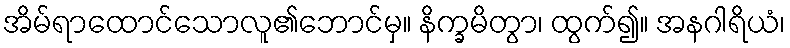
အိမ်ရာထောင်သောလူ၏ဘောင်မှ။ နိက္ခမိတွာ၊ ထွက်၍။ အနဂါရိယံ၊